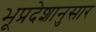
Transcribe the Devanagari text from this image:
भूप्रदेशानुसार